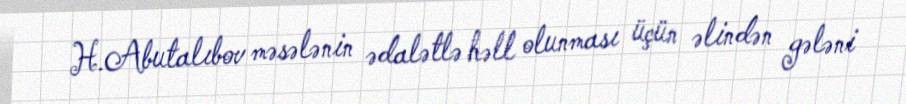
H.Abutalıbov məsələnin ədalətlə həll olunması üçün əlindən gələni